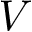
V